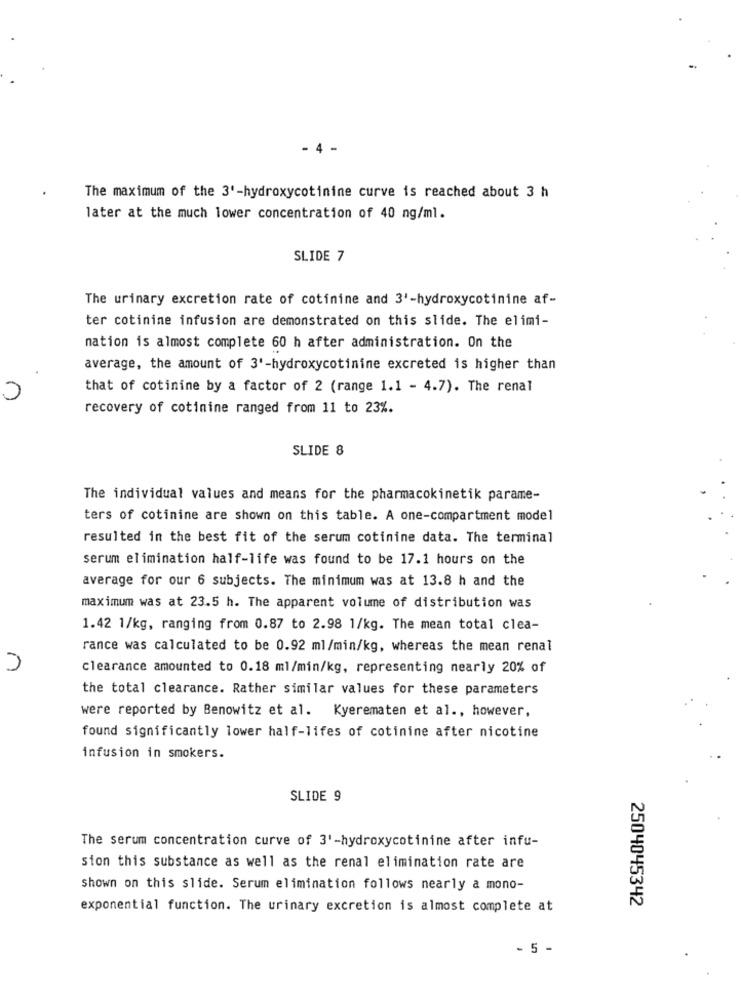
- 4 -
The maximum of the 3'-hydroxycotinine curve is reached about 3 h
later at the much lower concentration of 40 ng/ml.
SLIDE 7
The urinary excretion rate of cotinine and 3'-hydroxycotinine af-
ter cotinine infusion are demonstrated on this slide. The elimi-
nation is almost complete 60 h after administration. On the
average, the amount of 3'-hydroxycotinine excreted is higher than
that of cotinine by a factor of 2 (range 1.1 - 4.7). The renal
recovery of cotinine ranged from 11 to 23%.
SLIDE 8
The individual values and means for the pharmacokinetik parame-
ters of cotinine are shown on this table. A one-compartment model
resulted in the best fit of the serum cotinine data. The terminal
serum elimination half-life was found to be 17.1 hours on the
average for our 6 subjects. The minimum was at 13.8 h and the
maximum was at 23.5 h. The apparent volume of distribution was
1.42 1/kg, ranging from 0.87 to 2.98 1/kg. The mean total clea-
rance was calculated to be 0.92 ml/min/kg, whereas the mean renal
n
clearance amounted to 0.18 ml/min/kg, representing nearly 20% of
the total clearance. Rather similar values for these parameters
were reported by Benowitz et al. Kyerematen et al ., however,
found significantly lower half-lifes of cotinine after nicotine
infusion in smokers.
SLIDE 9
The serum concentration curve of 3'-hydroxycotinine after infu-
sion this substance as well as the renal elimination rate are
shown on this slide. Serum elimination follows nearly a mono-
2504045342
exponential function. The urinary excretion is almost complete at
- 5 -